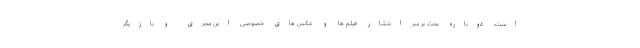
است، دوباره بحث بر سر انتشار فیلم ها و عکس های خصوصی این مجری و بازیگر